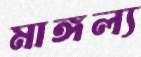
মাঙ্গল্য